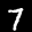
Label: 7